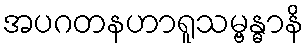
အပဂတနဟာရူသမ္ဗန္ဓာနိ